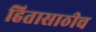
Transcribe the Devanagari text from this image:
हितासाठीच